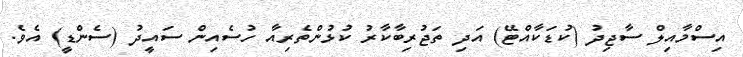
އިސްމާއިލް ސާޖިދު (ކުޑަކާއްޓޭ) އަދި ތަޖުރިބާކާރު ކުޅުންތެރިއާ ހުސެއިން ސައީދު (ސެންޑީ) އެވެ.